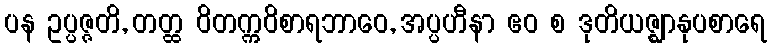
ပန ဥပ္ပဇ္ဇတိ, တတ္ထ ဝိတက္ကဝိစာရဘာဝေ, အပ္ပဟီနာ ဧဝ စ ဒုတိယဇ္ဈာနုပစာရေ